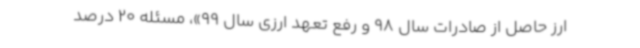
ارز حاصل از صادرات سال‌ 98 و رفع تعهد ارزی سال 99»، مسئله 20 درصد